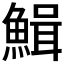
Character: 𩹫